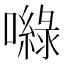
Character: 𡂎